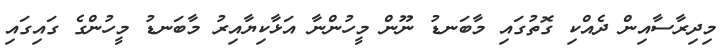
މިދިރާސާއިން ދެއްކި ގޮތުގައި މާބަނޑު ނޫން މީހުންނާ އަޅާކިޔާއިރު މާބަނޑު މީހުންގެ ގައިގައި